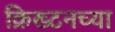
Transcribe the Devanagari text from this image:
क्रिख्टनच्या